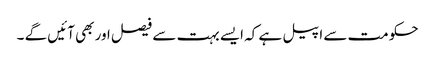
حکومت سے اپیل ہے کہ ایسے بہت سے فیصل اور بھی آئیں گے ۔